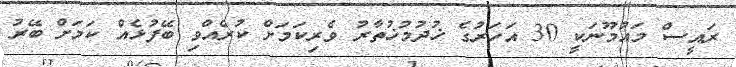
ރައީސް މައުމޫނަކީ 30 އަހަރުގެ ޚުދުމުޚުތާރު ވެރިކަމަށް ކުރެއްވި ބޭފުޅެއް ކަމަށް ބޭރު